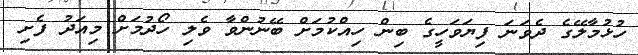
ހުޅުމާލޭގެ ދެވަނަ ފިޔަވަހީގެ ބިން ހިއްކުމަށް ބޭނުންވާ ވެލި ހޯދުމަށް މިއަދު ފެށި